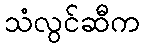
သံလွင်ဆီက